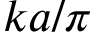
k a / \pi